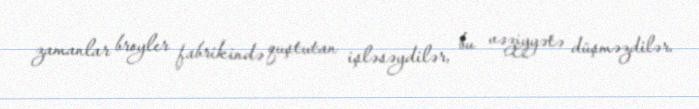
zamanlar broyler fabrikində quştutan işləsəydilər, bu vəziyyətə düşməzdilər.